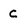
Character: C